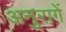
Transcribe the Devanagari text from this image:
अनुरागें